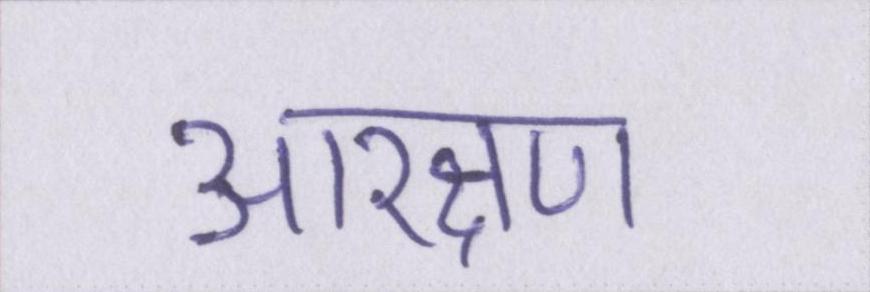
आरक्षण